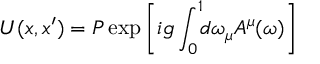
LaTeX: U ( x , x ^ { \prime } ) = { \cal P } \exp \left[ i g \int _ { 0 } ^ { 1 } \! \! d \omega _ { \mu } A ^ { \mu } ( \omega ) \right]